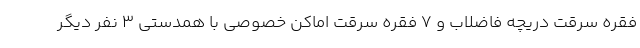
فقره سرقت دریچه فاضلاب و ۷ فقره سرقت اماکن خصوصی با همدستی ۳ نفر دیگر